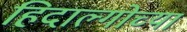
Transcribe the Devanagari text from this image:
हिदाल्गोच्या